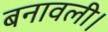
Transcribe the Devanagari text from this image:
बनावली।